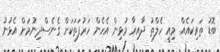
ބޮޑު ތަރިކައެއް. މިއީ ހެލްތު ދާއިރާ މުޅިން އެހެން ހަރުފަތަކަށް ގެނެސްދިނުމަށް އެޅުނު